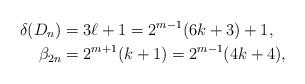
LaTeX: \begin{align*} \delta(D_n) &= 3\ell + 1 = 2^{m - 1} (6k + 3) + 1, \\ \beta_{2n} &= 2^{m + 1} (k + 1) = 2^{m - 1} (4k + 4), \end{align*}